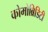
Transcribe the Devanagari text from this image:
कोमोब्रिडिटी